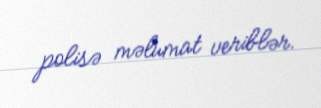
polisə məlumat veriblər.